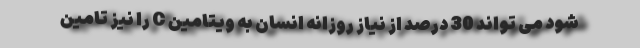
شود می تواند 30 درصد از نیاز روزانه انسان به ویتامین C را نیز تامین